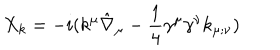
X _ { k } = - i ( k ^ { \mu } \hat { \nabla } _ { \mu } - { \frac { 1 } { 4 } } \gamma ^ { \mu } \gamma ^ { \nu } k _ { \mu ; \nu } )